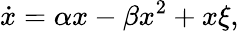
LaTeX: \dot{x}=\alpha x-\beta x^{2}+x\xi,